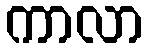
ကာလာ